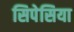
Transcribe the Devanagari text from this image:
सिपेसिया